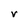
Character: V